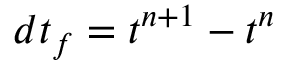
d t _ { f } = t ^ { n + 1 } - t ^ { n }